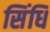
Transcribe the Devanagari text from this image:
सिंधि